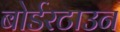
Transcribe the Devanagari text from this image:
बोर्डरटाउन